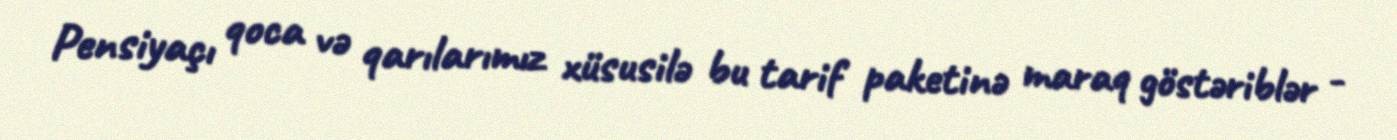
Pensiyaçı qoca və qarılarımız xüsusilə bu tarif paketinə maraq göstəriblər -